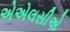
એએલસીએ